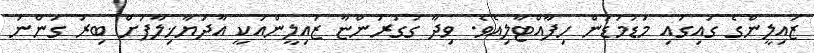
ޒައިލީންގެ ގައިގައި މަޑުމަޑުން ހިފާއްޓާލިއެވެ. ވިދާ ގުގުރަންޏާ ޒައިލީންއަކީ އާދަޔާޚިލާފަށް ބިރު ގަންނަ